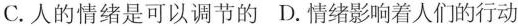
C.人的情绪是可以调节的D.情绪影响着人们的行动